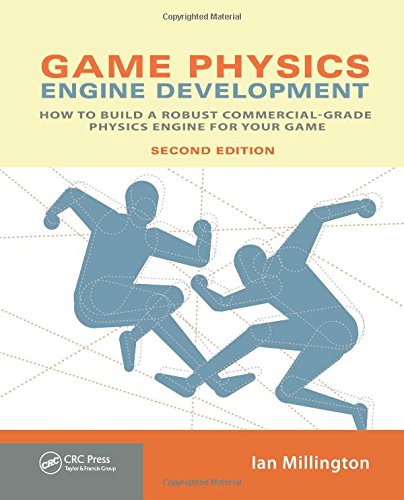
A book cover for Game Physics Engine Development: How to Build a Robust Commercial-Grade Physics Engine for your Game; Ian Millington; Arts & Photography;